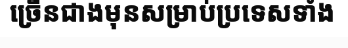
ច្រើនជាងមុនសម្រាប់ប្រទេសទាំង